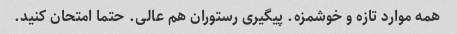
همه موارد تازه و خوشمزه. پیگیری رستوران هم عالی. حتما امتحان کنید.